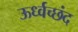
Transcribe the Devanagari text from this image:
ऊर्ध्वच्छंद